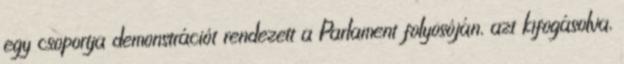
egy csoportja demonstrációt rendezett a Parlament folyosóján, azt kifogásolva,